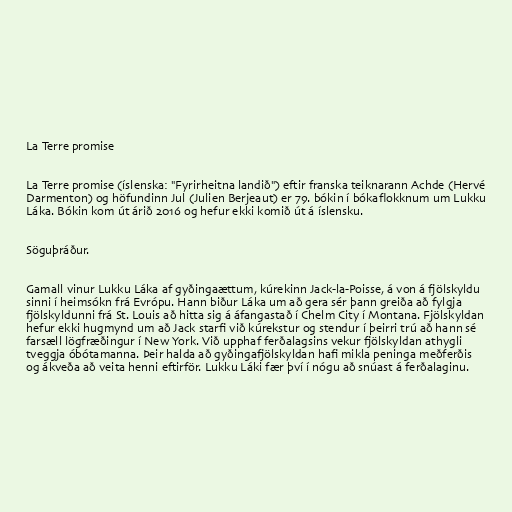
La Terre promise

La Terre promise (íslenska: "Fyrirheitna landið") eftir franska teiknarann Achde (Hervé
Darmenton) og höfundinn Jul (Julien Berjeaut) er 79. bókin í bókaflokknum um Lukku
Láka. Bókin kom út árið 2016 og hefur ekki komið út á íslensku.

Söguþráður.

Gamall vinur Lukku Láka af gyðingaættum, kúrekinn Jack-la-Poisse, á von á fjölskyldu
sinni í heimsókn frá Evrópu. Hann biður Láka um að gera sér þann greiða að fylgja
fjölskyldunni frá St. Louis að hitta sig á áfangastað í Chelm City í Montana. Fjölskyldan
hefur ekki hugmynd um að Jack starfi við kúrekstur og stendur í þeirri trú að hann sé
farsæll lögfræðingur í New York. Við upphaf ferðalagsins vekur fjölskyldan athygli
tveggja óbótamanna. Þeir halda að gyðingafjölskyldan hafi mikla peninga meðferðis
og ákveða að veita henni eftirför. Lukku Láki fær því í nógu að snúast á ferðalaginu.